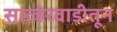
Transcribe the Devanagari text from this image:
साल्हेरवाडीतून